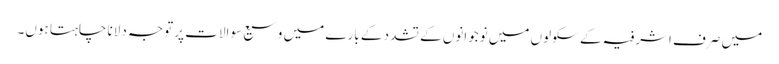
میں صرف اشرفیہ کے سکولوں میں نوجوانوں کے تشدد کے بارے میں وسیع سوالات پر توجہ دلانا چاہتا ہوں۔